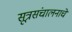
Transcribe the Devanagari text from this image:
सूत्रसंचालनाचे